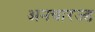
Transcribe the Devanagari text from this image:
अनचारज्ड